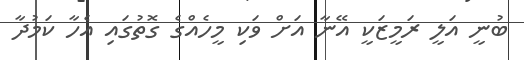
ބުނީ އަލީ ރަމީޒަކީ އޭނާ އަށް ވަކި މީހެއްގެ ގޮތުގައި އެހާ ކަމުދާ